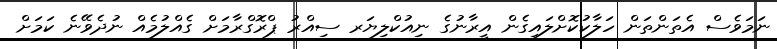
ނަމަވެސް އެތަންތަން ހަލާކުކޮށްލައިގެން އީރާނުގެ ނިއުކްލިޔަރ ސިއްރު ޕްރޮގްރާމަށް ގެއްލުމެއް ނުދެވޭނެ ކަމަށް